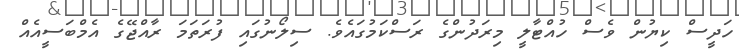
ހަދީސް ކިޔުން ވެސް ހުއްޓާލީ މިރަދުންގެ ރަސްކަމުގައެވެ. ސިލޯނުގައި ފުރަތަމަ ރާއްޖޭގެ އެމްބަސީއެއް